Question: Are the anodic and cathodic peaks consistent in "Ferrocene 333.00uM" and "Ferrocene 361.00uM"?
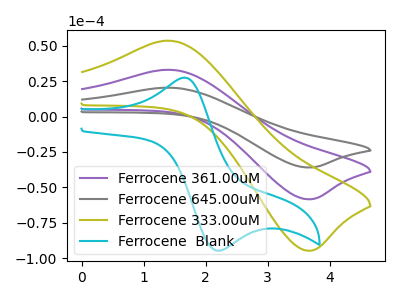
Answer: <think>The purple curve "Ferrocene 361.00uM" has an anodic peak at (1.40V, 32.95uA) and a cathodic peak at (3.65V, -58.35uA). The gray curve "Ferrocene 645.00uM" has an anodic peak at (1.40V, 65.90uA) and a cathodic peak at (3.65V, -116.70uA). The olive curve "Ferrocene 333.00uM" has an anodic peak at (1.40V, 53.45uA) and a cathodic peak at (3.65V, -94.65uA). The cyan curve "Ferrocene  Blank" has an anodic peak at (1.65V, 27.35uA) and a cathodic peak at (2.25V, -94.55uA).</think>
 <answer>Yes, "Ferrocene 333.00uM" have a peak in "Ferrocene 361.00uM" at the same potential.</answer>
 <eval>match</eval>